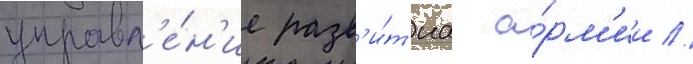
управл'е́н'ие разв'и́т'иа а́рм'ии //